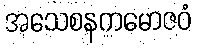
အသေစနကမောဇဝံ